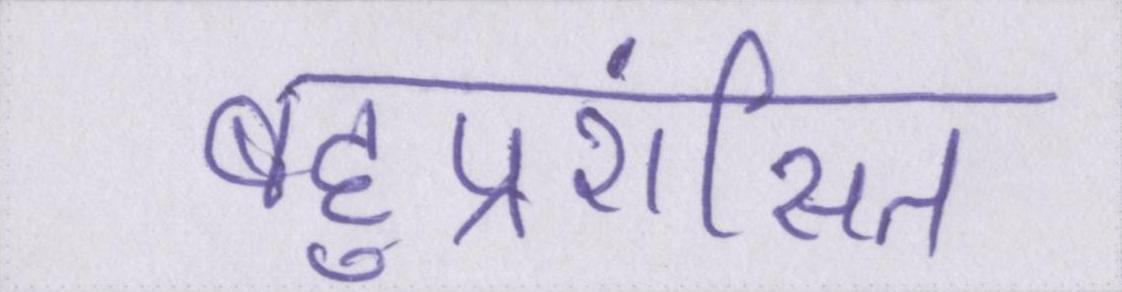
बहुप्रशंसित